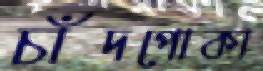
চাঁদপোকা